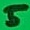
Text: 5